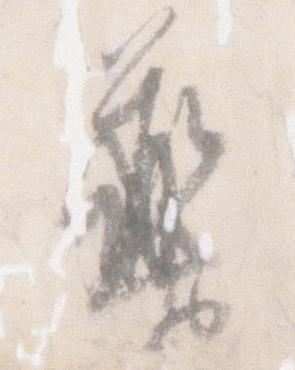
薬